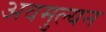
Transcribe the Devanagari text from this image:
अवमुल्यन